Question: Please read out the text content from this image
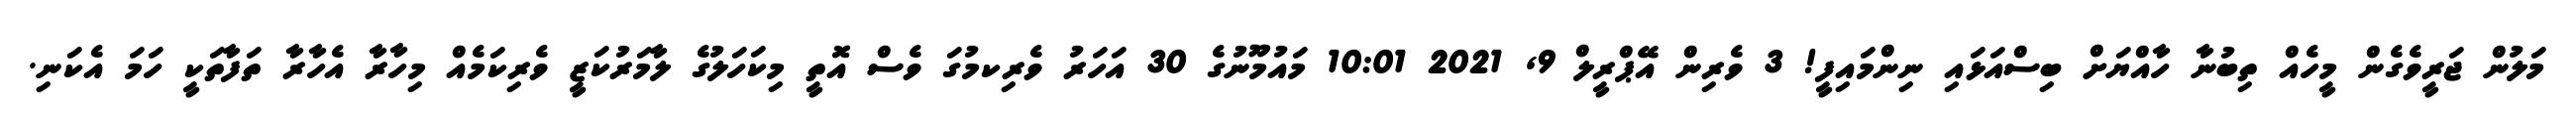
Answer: މަލުން ޖަރީވެގެން މީހެއް ތިބުނާ ހާއްޔަށް ބިސްއަޅައި ނިންމައިފީ! 3 ވެރިން އޭޕްރީލް 9, 2021 10:01 މައުމޫނުގެ 30 އަހަރު ވެރިކމުގަ ވެސް އޮތީ މިކަހަލުގެ ލާމަރުކަޒީ ވެރިކަމެއް މިހާރާ އެހާރާ ތަފާތަކީ ހަމަ އެކަނި.